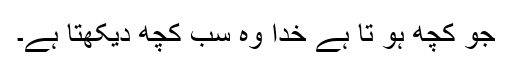
جو کچھ ہو تا ہے خدا وہ سب کچھ دیکھتا ہے۔